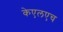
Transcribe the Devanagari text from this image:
केएलएच